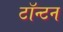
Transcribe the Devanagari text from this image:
टॉन्टन